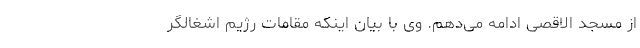
از مسجد الاقصی ادامه می‌دهم. وی با بیان اینکه مقامات رژیم اشغالگر